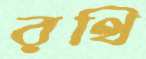
রথি